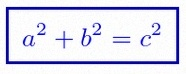
a^2+b^2=c^2